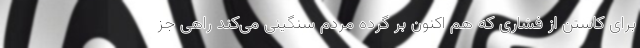
برای کاستن از فشاری که هم اکنون بر گرده مردم سنگینی می‌کند راهی جز